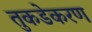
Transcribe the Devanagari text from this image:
तुकडेकरण